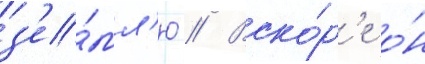
з'е́мл'ю // Вско́р'е о́н